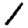
Digit: 1